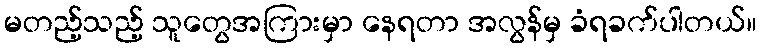
မတည့်သည့် သူတွေအကြားမှာ နေရတာ အလွန်မှ ခံရခက်ပါတယ်။